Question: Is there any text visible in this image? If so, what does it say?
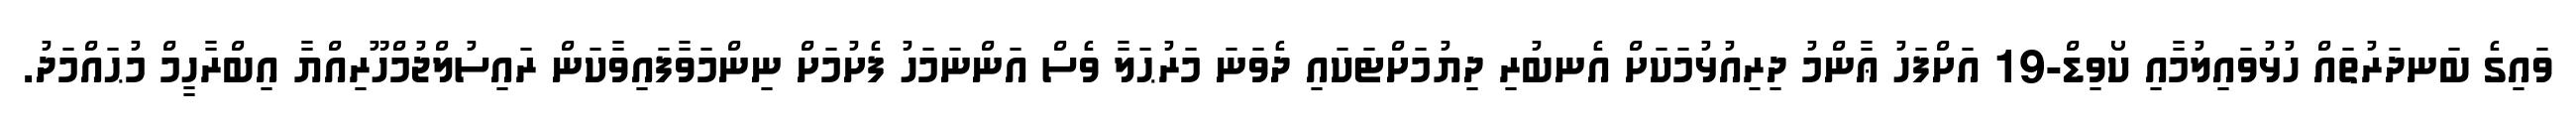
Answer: ވައިގެ ބަނދަރުތައް ހުޅުވައިލުމާއި ކޯވިޑް-19 އަށްފަހު ޢާންމު ދިރިއުޅުމަކަށް އެނބުރި ދިޔުމަށްޓަކައި ދެވަނަ މަރުޙަލާ ވެސް އަންނަމަހު ފެށުމަށް ނިންމަވާފައިވާކަން ރައިސުލްޖުމްހޫރިއްޔާ އިބްރާހީމް މުޙައްމަދު.